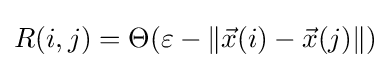
{R}(i,j)=\Theta (\varepsilon -\|{\vec {x}}(i)-{\vec {x}}(j)\|)